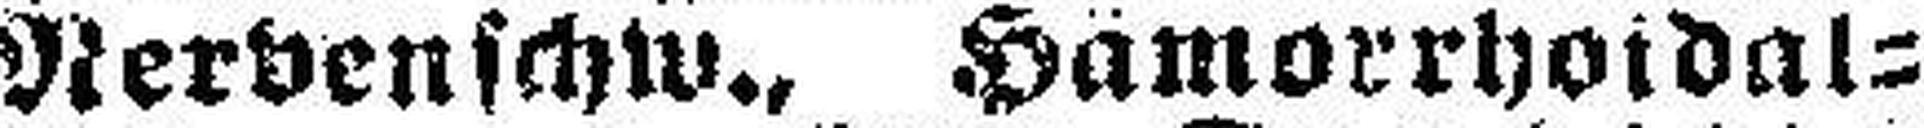
Nervenschw., Hämorrhoidal¬